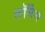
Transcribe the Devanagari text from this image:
लॉमैन